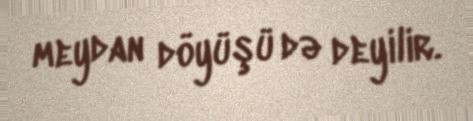
meydan döyüşü də deyilir.